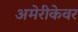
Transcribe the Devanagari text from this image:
अमेरीकेवर